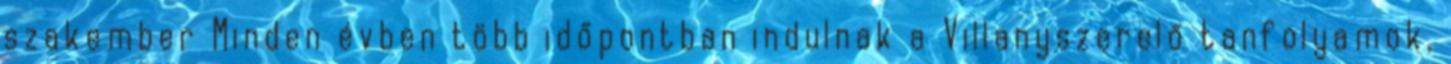
szakember Minden évben több időpontban indulnak a Villanyszerelő tanfolyamok,